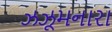
ઝઝૂમનારા